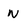
Character: n